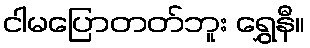
ငါမပြောတတ်ဘူး ရွှေနီ။